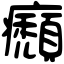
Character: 㿗